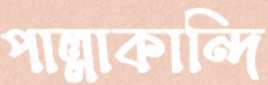
পাল্লাকান্দি